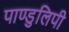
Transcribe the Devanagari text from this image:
पाण्डुलिपी